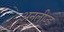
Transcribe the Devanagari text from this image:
अनलीज्ड